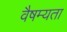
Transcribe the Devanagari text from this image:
वैषम्यता